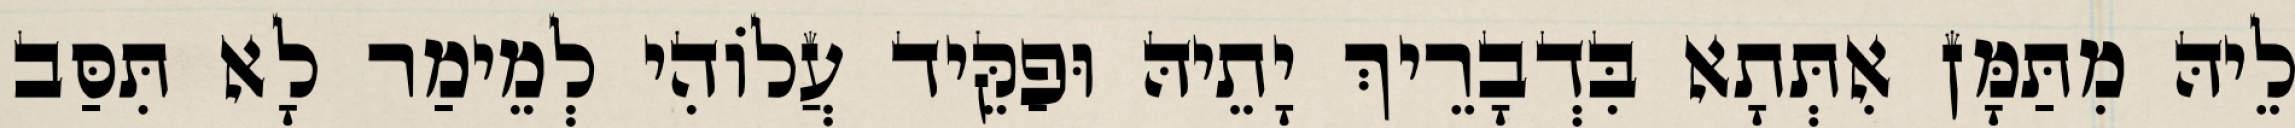
לֵיהּ מִתַּמָּן אִתְּתָא בִּדְבָרֵיךְ יָתֵיהּ וּפַקֵּיד עֲלוֹהִי לְמֵימַר לָא תִּסַּב